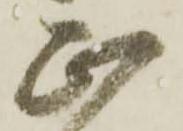
正